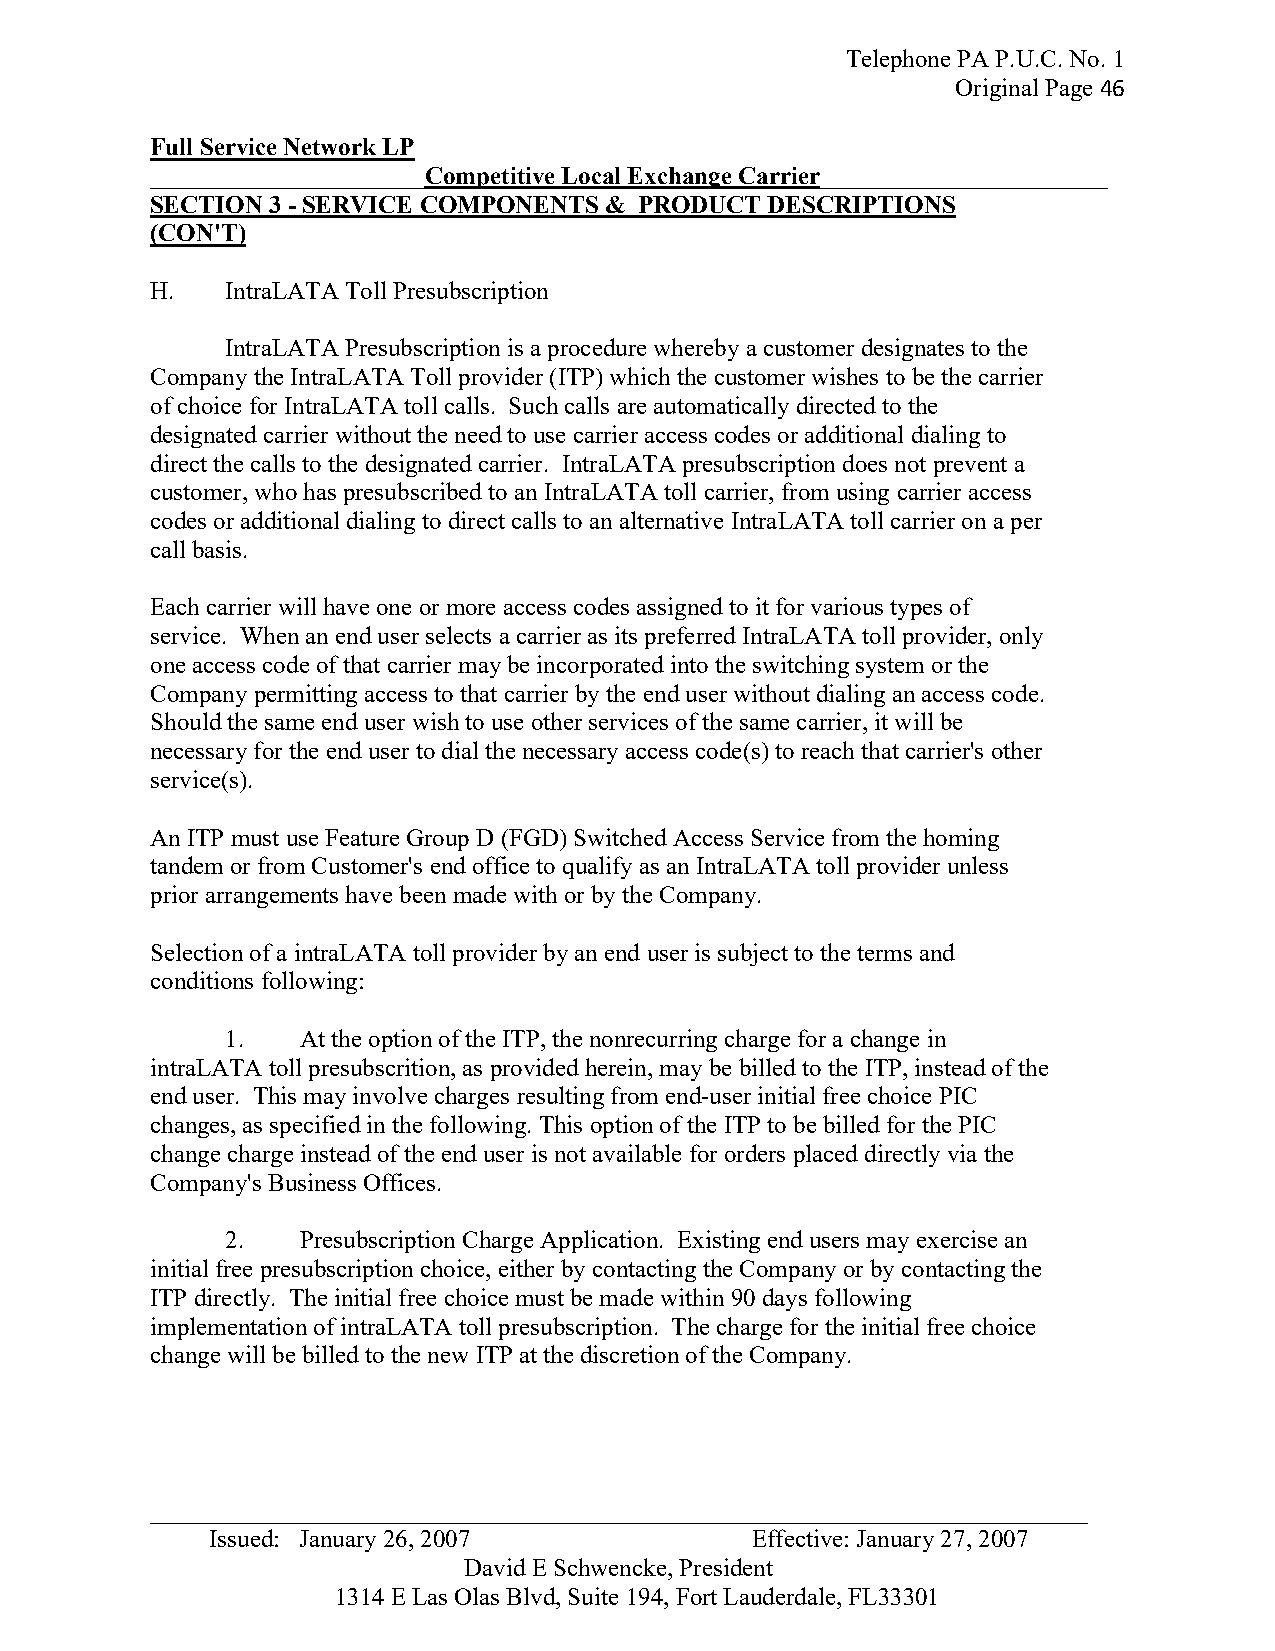
Telephone PA P.U.C. No. 1
 Original Page 46
 Full Service Network LP
 ______________________Competitive Local Exchange Carrier_______________________
 SECTION 3 - SERVICE COMPONENTS & PRODUCT DESCRIPTIONS
 (CON'T)
 H.   IntraLATA Toll Presubscription
 IntraLATA Presubscription is a procedure whereby a customer designates to the
 Company the IntraLATA Toll provider (ITP) which the customer wishes to be the carrier
 of choice for IntraLATA toll calls. Such calls are automatically directed to the
 designated carrier without the need to use carrier access codes or additional dialing to
 direct the calls to the designated carrier. IntraLATA presubscription does not prevent a
 customer, who has presubscribed to an IntraLATA toll carrier, from using carrier access
 codes or additional dialing to direct calls to an alternative IntraLATA toll carrier on a per
 call basis.
 Each carrier will have one or more access codes assigned to it for various types of
 service. When an end user selects a carrier as its preferred IntraLATA toll provider, only
 one access code of that carrier may be incorporated into the switching system or the
 Company permitting access to that carrier by the end user without dialing an access code.
 Should the same end user wish to use other services of the same carrier, it will be
 necessary for the end user to dial the necessary access code(s) to reach that carrier's other
 service(s).
 An ITP must use Feature Group D (FGD) Switched Access Service from the homing
 tandem or from Customer's end office to qualify as an IntraLATA toll provider unless
 prior arrangements have been made with or by the Company.
 Selection of a intraLATA toll provider by an end user is subject to the terms and
 conditions following:
 1.   At the option of the ITP, the nonrecurring charge for a change in
 intraLATA toll presubscrition, as provided herein, may be billed to the ITP, instead of the
 end user. This may involve charges resulting from end-user initial free choice PIC
 changes, as specified in the following. This option of the ITP to be billed for the PIC
 change charge instead of the end user is not available for orders placed directly via the
 Company's Business Offices.
 2.   Presubscription Charge Application. Existing end users may exercise an
 initial free presubscription choice, either by contacting the Company or by contacting the
 ITP directly. The initial free choice must be made within 90 days following
 implementation of intraLATA toll presubscription. The charge for the initial free choice
 change will be billed to the new ITP at the discretion of the Company.
 _ __________________________________________________________________________
 Issued: January 26, 2007            Effective: January 27, 2007
 David E Schwencke, President
 1314 E Las Olas Blvd, Suite 194, Fort Lauderdale, FL33301